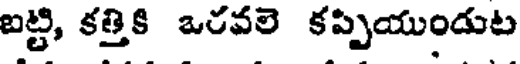
బట్టి, కత్తికి ఒరవలె కప్పియుండుట